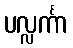
ပလ္လင်္ကာ